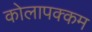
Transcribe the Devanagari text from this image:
कोलापक्कम